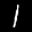
Label: 1